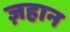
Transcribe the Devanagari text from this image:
ज़हान